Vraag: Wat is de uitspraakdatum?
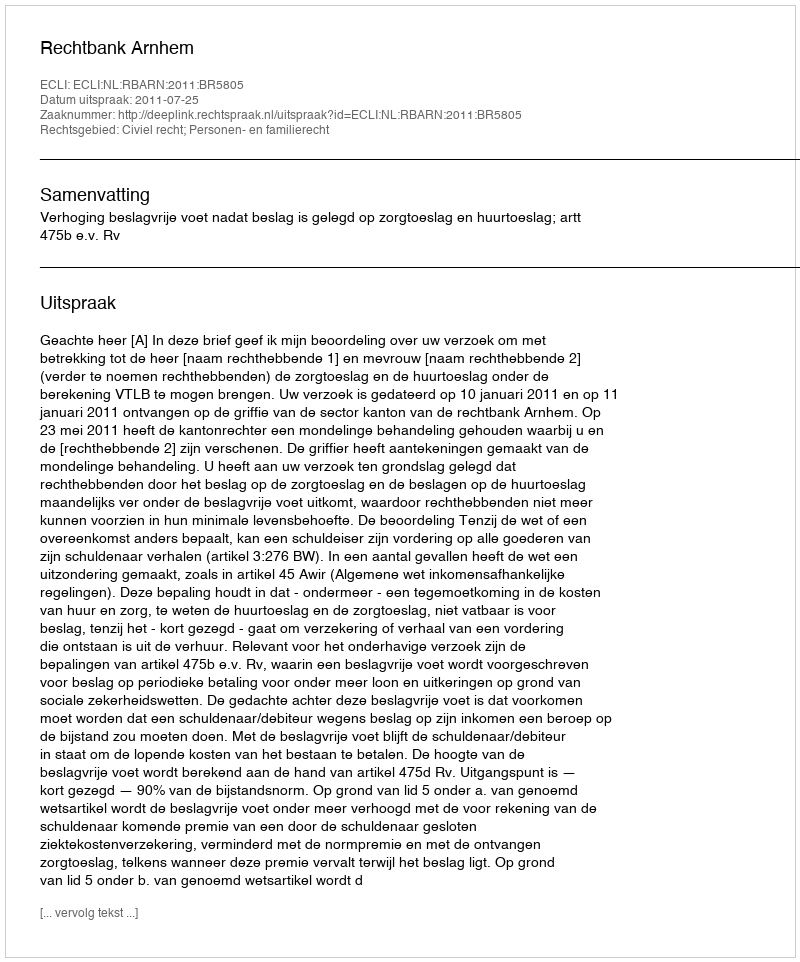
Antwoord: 2011-07-25